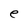
Character: e